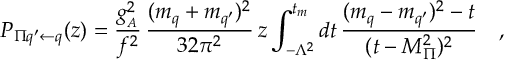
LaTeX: P _ { \Pi q ^ { \prime } \leftarrow q } ( z ) = \frac { g _ { _ A } ^ { 2 } } { f ^ { 2 } } \, \frac { ( m _ { q } + m _ { q ^ { \prime } } ) ^ { 2 } } { 3 2 \pi ^ { 2 } } \, z \int _ { - \Lambda ^ { 2 } } ^ { t _ { m } } d t \, \frac { ( m _ { q } - m _ { q ^ { \prime } } ) ^ { 2 } - t } { ( t - M _ { \Pi } ^ { 2 } ) ^ { 2 } } \ \ \ ,